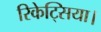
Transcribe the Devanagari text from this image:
रिकेट्सिया।